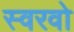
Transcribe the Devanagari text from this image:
स्वरवो